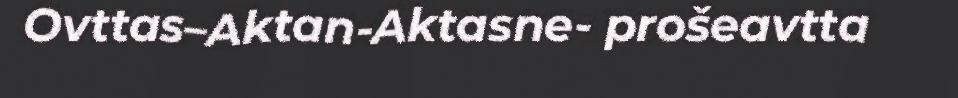
Ovttas–Aktan-Aktasne- prošeavtta